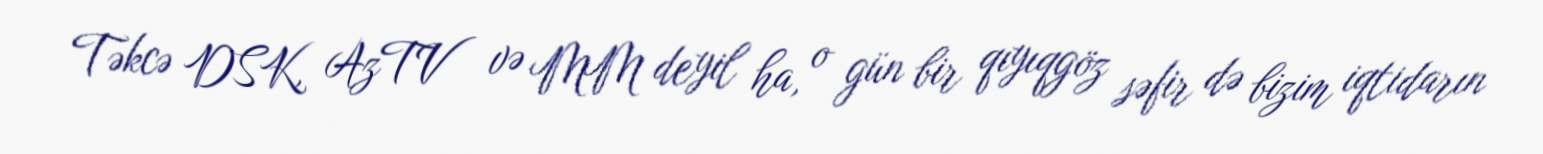
Təkcə DSK, AzTV və MM deyil ha, o gün bir qıyıqgöz səfir də bizim iqtidarın